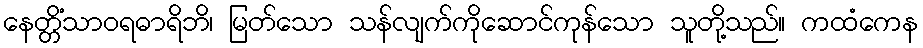
နေတ္တိံသာဝရဓာရိဘိ၊ မြတ်သော သန်လျက်ကိုဆောင်ကုန်သော သူတို့သည်။ ကထံကေန